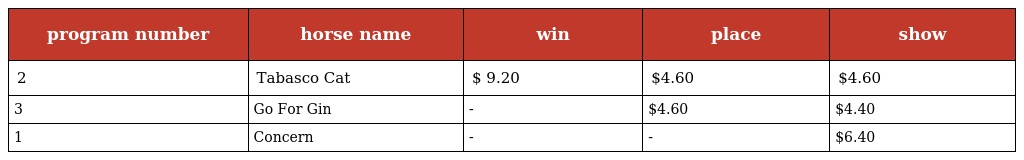
| program number | horse name | win | place | show |
 | --- | --- | --- | --- | --- |
 | 2 | Tabasco Cat | $ 9.20 | $4.60 | $4.60 |
 | 3 | Go For Gin | - | $4.60 | $4.40 |
 | 1 | Concern | - | - | $6.40 |